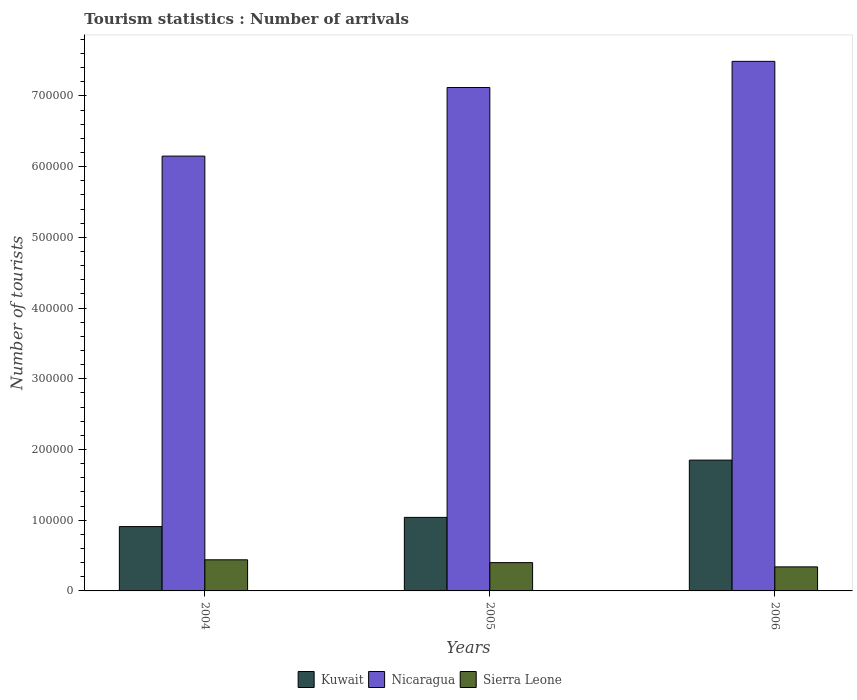
| Years | Kuwait | Nicaragua | Sierra Leone |
 | --- | --- | --- | --- |
 | 2004 | 9.1e+04 | 6.15e+05 | 4.4e+04 |
 | 2005 | 1.04e+05 | 7.12e+05 | 4e+04 |
 | 2006 | 1.85e+05 | 7.49e+05 | 3.4e+04 |